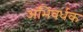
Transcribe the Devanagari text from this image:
अभिवर्धक